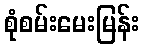
စုံစမ်းမေးမြန်း